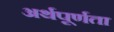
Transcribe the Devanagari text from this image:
अर्थपूर्णता